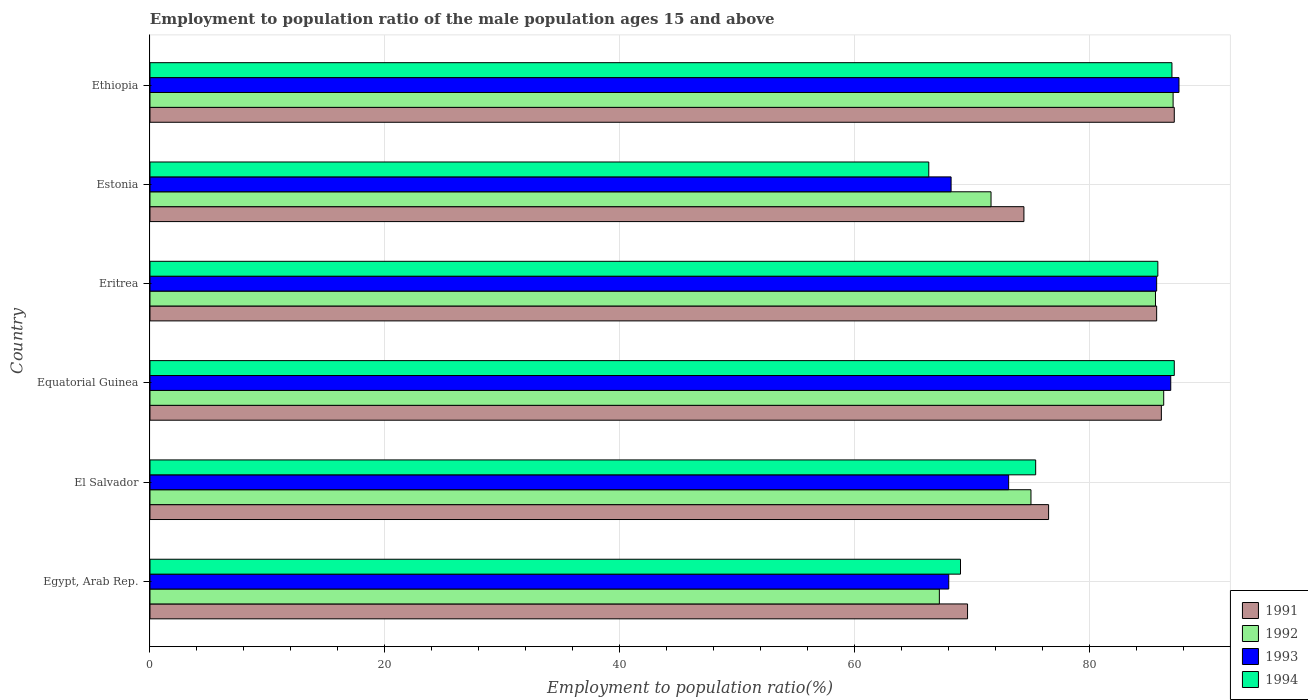
| Country | 1991 | 1992 | 1993 | 1994 |
 | --- | --- | --- | --- | --- |
 | Egypt, Arab Rep. | 69.6 | 67.2 | 68 | 69 |
 | El Salvador | 76.5 | 75 | 73.1 | 75.4 |
 | Equatorial Guinea | 86.1 | 86.3 | 86.9 | 87.2 |
 | Eritrea | 85.7 | 85.6 | 85.7 | 85.8 |
 | Estonia | 74.4 | 71.6 | 68.2 | 66.3 |
 | Ethiopia | 87.2 | 87.1 | 87.6 | 87 |